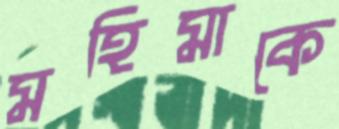
মহিমাকে